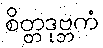
စိတ္တဒုဗ္ဘကံ